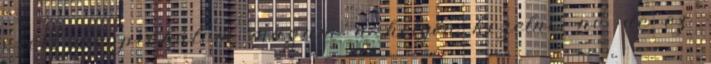
ezért megpróbálom magam a helyén kezelni, no de ez